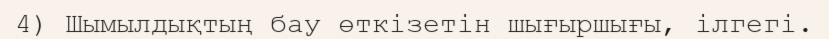
4) Шымылдықтың бау өткізетін шығыршығы, ілгегі.